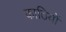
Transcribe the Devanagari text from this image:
काठियों